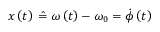
x \left( t \right) \; \hat { = } \; \omega \left( t \right) - \omega _ { 0 } = \dot { \phi } \left( t \right)